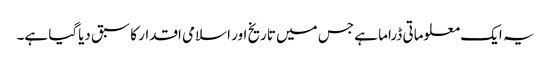
یہ ایک معلوماتی ڈراما ہے جس میں تاریخ اور اسلامی اقدار کا سبق دیاگیا ہے۔